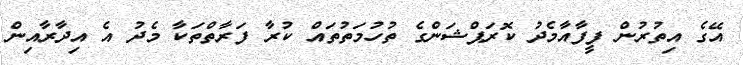
އޭގެ އިތުރުން ފީފާއާމެދު ކޮރަޕްޝަންގެ ތުހުމަތުތައް ކުރާ ފަރާތްތަކާ މެދު އެ އިދާރާއިން